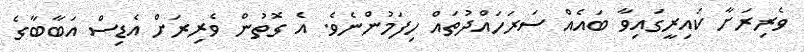
ވެރިރަށާ ކައިރީގައިވާ ބައެއް ސަރަހައްދުތައް ހިފަމުންނެވެ. އެ ގޮތުން ވެރިރަށް އެޑިސް އަބާބާގެ